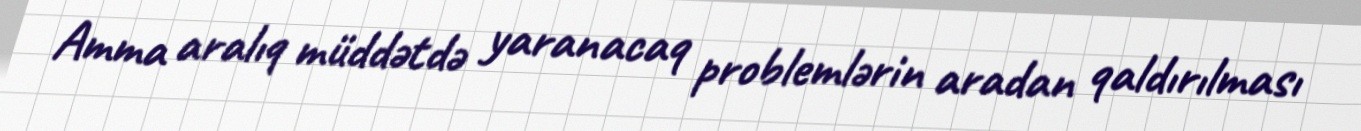
Amma aralıq müddətdə yaranacaq problemlərin aradan qaldırılması